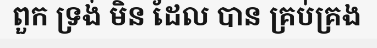
ពួក ទ្រង់ មិន ដែល បាន គ្រប់គ្រង